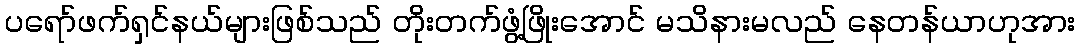
ပရော်ဖက်ရှင်နယ်များဖြစ်သည် တိုးတက်ဖွံ့ဖြိုးအောင် မသိနားမလည် နေတန်ယာဟုအား